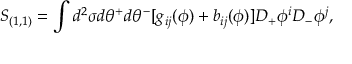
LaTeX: S _ { ( 1 , 1 ) } = \int d ^ { 2 } \sigma d \theta ^ { + } d \theta ^ { - } [ g _ { i j } ( \phi ) + b _ { i j } ( \phi ) ] D _ { + } \phi ^ { i } D _ { - } \phi ^ { j } ,